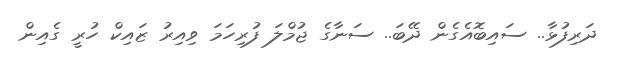
ދަރިފުޅާ.. ސައިބޮއެގެން ދޭބަ.. ސަނާގެ ޖުމްލަ ފުރިހަމަ ވިއިރު ޒައިކް ހުރީ ގެއިން